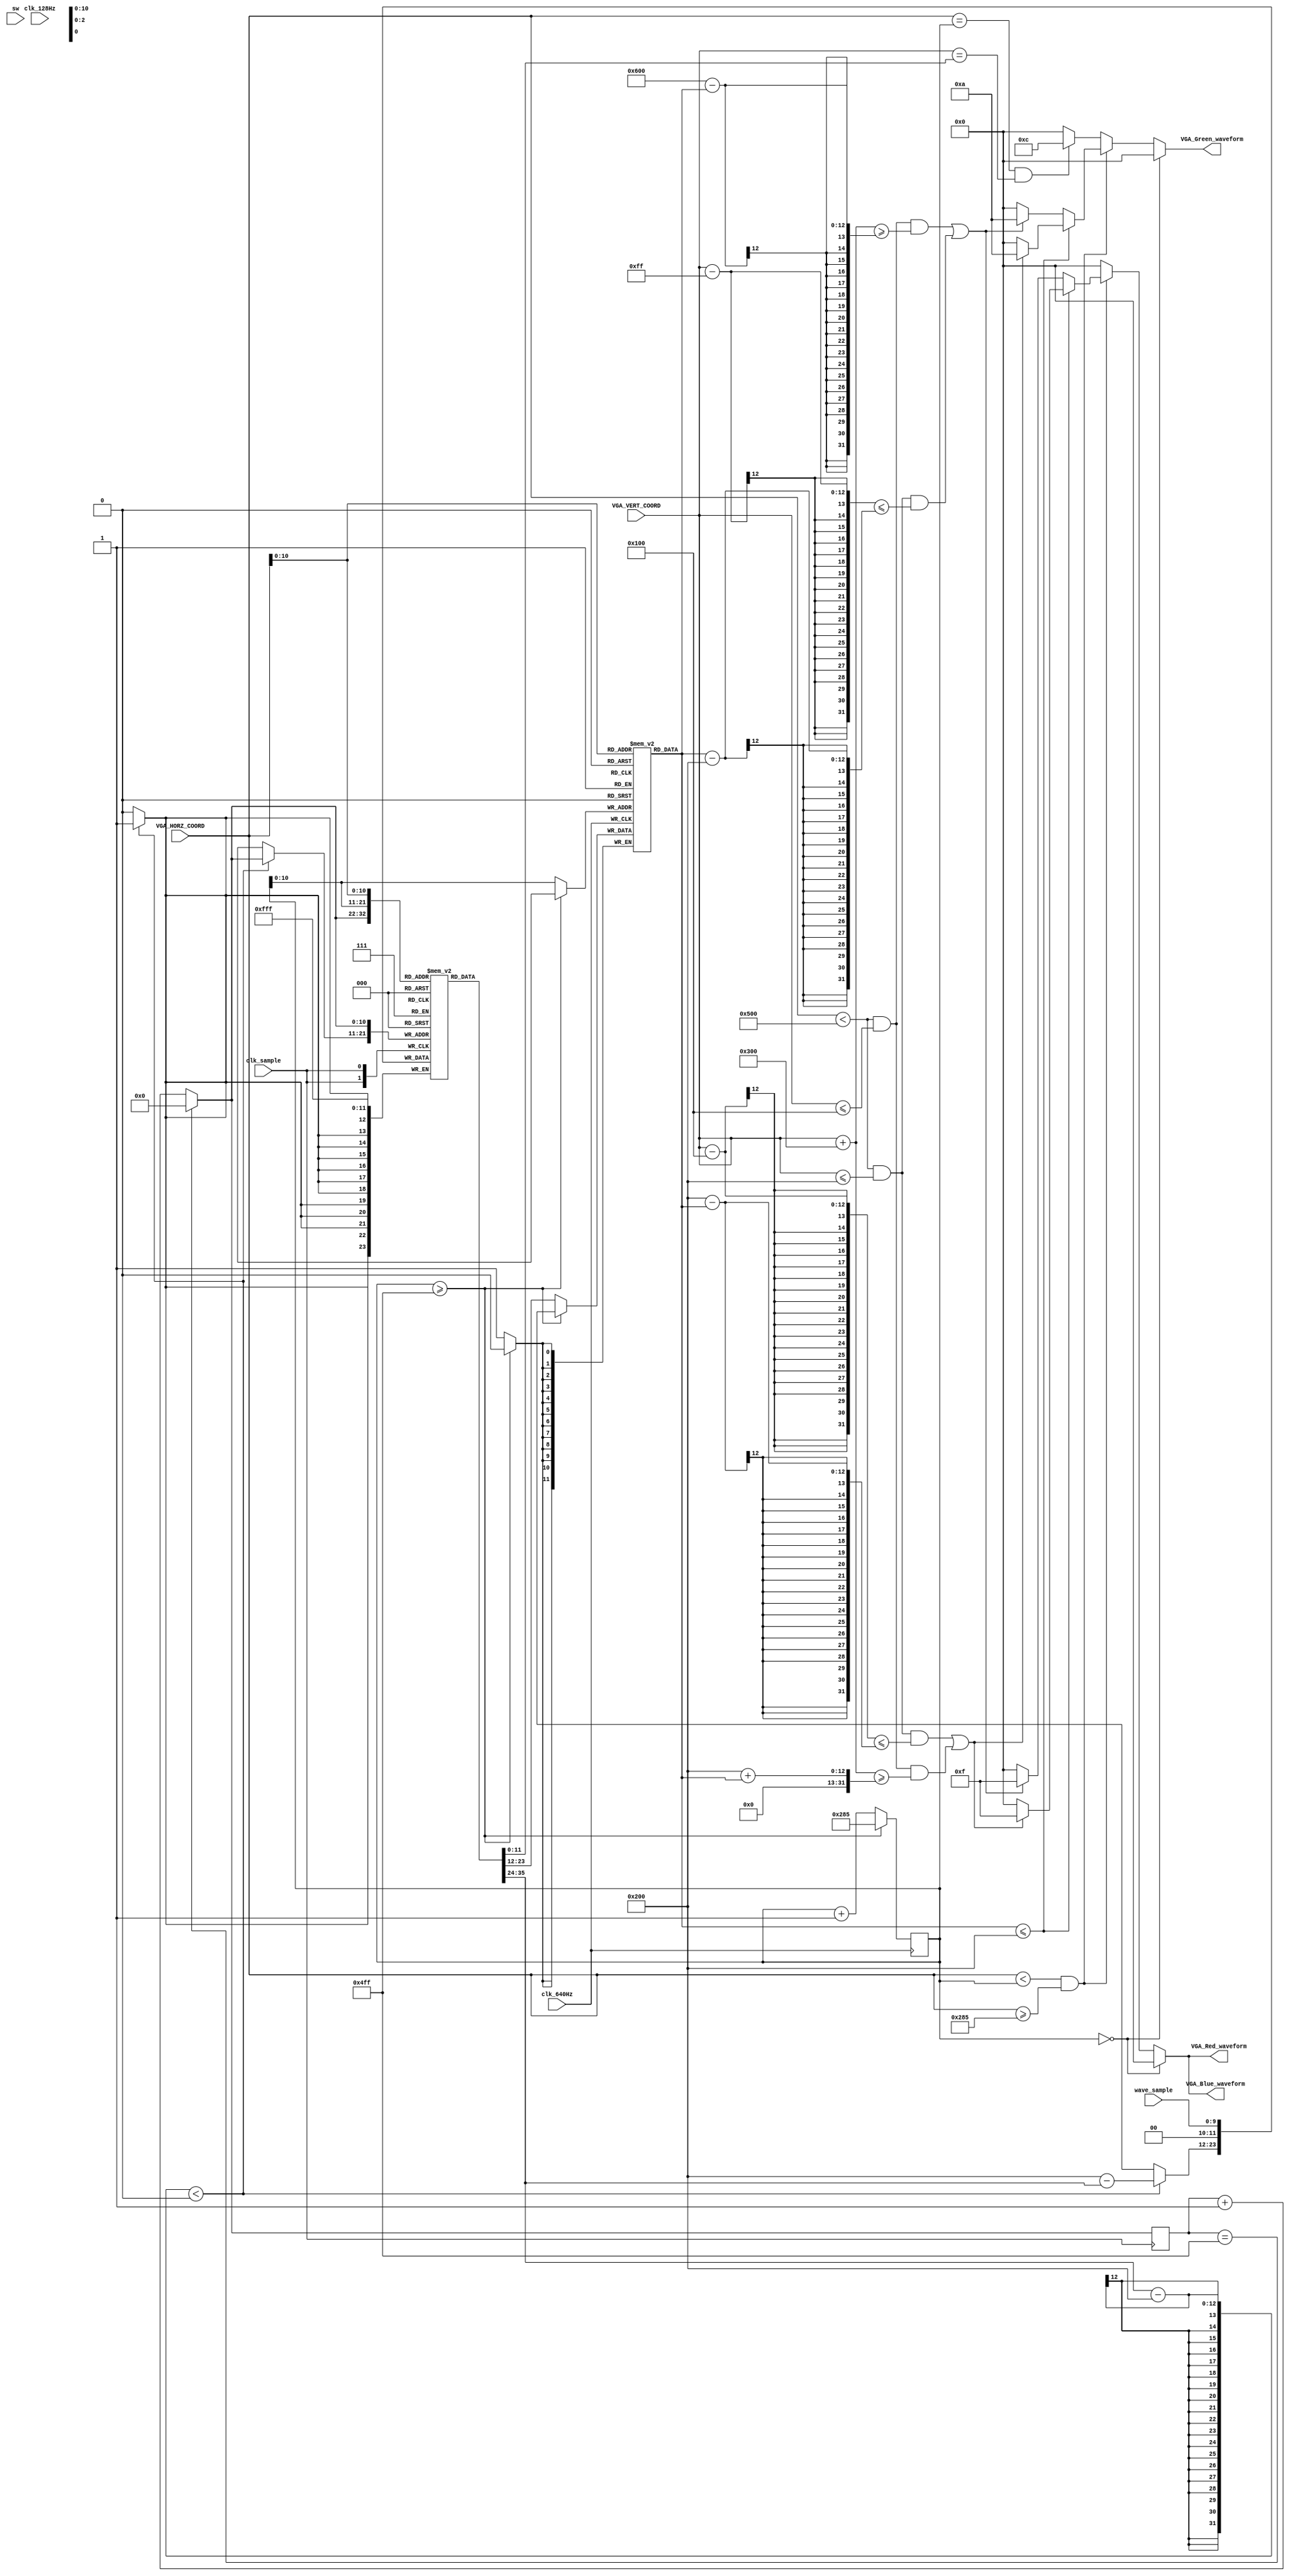
`timescale 1ns / 1ps
//////////////////////////////////////////////////////////////////////////////////
// Company: 
// Engineer: 
// 
// Design Name: 
// Module Name: Draw_Waveform_4
// Project Name: 
// Target Devices: 
// Tool Versions: 
// Description: 
// 
// Dependencies: 
// 
// Revision:
// Revision 0.01 - File Created
// Additional Comments:
// 
//////////////////////////////////////////////////////////////////////////////////


module Draw_Waveform_4(
input clk_sample,
input clk_640Hz,clk_128Hz,
input sw,
    input [11:2] wave_sample,////5
    input [11:0] VGA_HORZ_COORD,//
    input [11:0] VGA_VERT_COORD,//
    output [3:0] VGA_Red_waveform,
    output [3:0] VGA_Green_waveform,
    output [3:0] VGA_Blue_waveform
    );
    reg [11:0] Sample_Memory[1279:0];
    reg [10:0] i;
    wire [3:0] VGA_Red_0;
    wire [3:0] VGA_Green_0;
    wire [3:0] VGA_Blue_0;
    reg [11:0] SM [1279:0];
    
    //Each wave_sample is displayed on the screen from left to right. 
    always @ (posedge clk_sample) begin
        i = (i==1279) ? 0 : i + 1;
        Sample_Memory[i] <= wave_sample;   
        SM[i] <= wave_sample;
        if(SM[i] - 512 <0) begin
            SM[i] <= 512 - SM[i];
            
        end          
    end    
    
    reg [31:0] counter = 645;
    reg [31:0] counter2 = 32'b0;
    wire [3:0] VGA_Red_1 ;
    wire [3:0] VGA_Green_1 ;
    wire [3:0] VGA_Blue_1 ;
    reg [11:0] store [1279:0] ;
    always @ ( posedge clk_640Hz)
            begin
                if(counter >= 1279) begin counter <= 645; end
                else begin
                    counter <= counter + 1;// 
                    store [counter] <= SM[counter];
                end
            end
   //assign VGA_Red_waveform = (counter==0)? 4'h0:(((VGA_HORZ_COORD<counter) &&(VGA_HORZ_COORD>=645) &&(VGA_VERT_COORD >= 256+store[VGA_HORZ_COORD] ))? 4'h0:(((VGA_HORZ_COORD==counter) && (VGA_VERT_COORD  >= 256+SM[(VGA_HORZ_COORD)])) ? 4'h0 : 4'h0));
  // assign VGA_Green_waveform = (counter==0)? 4'h0:(((VGA_HORZ_COORD<counter) && (VGA_HORZ_COORD>=645) &&(VGA_VERT_COORD >= 256+store[VGA_HORZ_COORD] ))? 4'hC:(((VGA_HORZ_COORD==counter) && (VGA_VERT_COORD >= 256+SM[(VGA_HORZ_COORD)])) ? 4'hC : 4'h0));
   //assign VGA_Blue_waveform = (counter==0)? 4'h0:(((VGA_HORZ_COORD<counter) && (VGA_HORZ_COORD>=645) &&(VGA_VERT_COORD >= 256+store[VGA_HORZ_COORD] ))? 4'h0:(((VGA_HORZ_COORD==counter) && (VGA_VERT_COORD  >= 256+SM[(VGA_HORZ_COORD)])) ? 4'h0 : 4'h0));
   
    assign VGA_Red_waveform = (counter==0)? 4'h0:(((VGA_HORZ_COORD<counter)&&(VGA_HORZ_COORD>=645))? ((store[VGA_HORZ_COORD]<=512)?((((VGA_HORZ_COORD < 1280) && (VGA_VERT_COORD<=512)&& (VGA_VERT_COORD - 256 <= (512-(store[VGA_HORZ_COORD]))))||((VGA_HORZ_COORD < 1280) && (VGA_VERT_COORD<=256)&& (VGA_VERT_COORD + 768 >= (512+(store[VGA_HORZ_COORD]))))) ? 4'hf : 0):
                        ((((VGA_HORZ_COORD < 1280) && (VGA_VERT_COORD<=256)&&(VGA_VERT_COORD + 768  >= (1536-(store[VGA_HORZ_COORD]))))||((VGA_HORZ_COORD < 1280) && (VGA_VERT_COORD<=512)&&((VGA_VERT_COORD -255)  <= ((store[VGA_HORZ_COORD])-512)))) ? 4'hf : 0)):(((VGA_HORZ_COORD==counter) && (VGA_VERT_COORD  == SM[(VGA_HORZ_COORD)])) ? 4'h0 : 4'h0));
    
    assign VGA_Green_waveform = (counter==0)? 4'h0:(((VGA_HORZ_COORD<counter)&&(VGA_HORZ_COORD>=645))? ((store[VGA_HORZ_COORD]<=512)?((((VGA_HORZ_COORD < 1280) && (VGA_VERT_COORD<=512)&& (VGA_VERT_COORD - 256 <= (512-(store[VGA_HORZ_COORD]))))||((VGA_HORZ_COORD < 1280) && (VGA_VERT_COORD<=256)&& (VGA_VERT_COORD + 768 >= (512+(store[VGA_HORZ_COORD]))))) ? 4'ha : 0):
                        ((((VGA_HORZ_COORD < 1280) && (VGA_VERT_COORD<=256)&&(VGA_VERT_COORD + 768  >= (1536-(store[VGA_HORZ_COORD]))))||((VGA_HORZ_COORD < 1280) && (VGA_VERT_COORD<=512)&&((VGA_VERT_COORD -255)  <= ((store[VGA_HORZ_COORD])-512)))) ? 4'ha : 0)):(((VGA_HORZ_COORD==counter) && (VGA_VERT_COORD == SM[(VGA_HORZ_COORD)])) ? 4'hC : 4'h0));
    
    assign VGA_Blue_waveform = (counter==0)? 4'h0:(((VGA_HORZ_COORD<counter)&&(VGA_HORZ_COORD>=645))? ((store[VGA_HORZ_COORD]<=512)?((((VGA_HORZ_COORD < 1280) && (VGA_VERT_COORD<=512)&& (VGA_VERT_COORD - 256 <= (512-(store[VGA_HORZ_COORD]))))||((VGA_HORZ_COORD < 1280) && (VGA_VERT_COORD<=256)&& (VGA_VERT_COORD + 768 >= (512+(store[VGA_HORZ_COORD]))))) ? 4'hf : 0):
                        ((((VGA_HORZ_COORD < 1280) && (VGA_VERT_COORD<=256)&&(VGA_VERT_COORD + 768  >= (1536-(store[VGA_HORZ_COORD]))))||((VGA_HORZ_COORD < 1280) && (VGA_VERT_COORD<=512)&&((VGA_VERT_COORD -255)  <= ((store[VGA_HORZ_COORD])-512)))) ? 4'hf : 0)):(((VGA_HORZ_COORD==counter) && (VGA_VERT_COORD  == SM[(VGA_HORZ_COORD)])) ? 4'h0 : 4'h0));

//   assign VGA_Red_waveform = (counter==0)? 4'h0:(((VGA_HORZ_COORD<counter)&&(VGA_HORZ_COORD>=645))? ((store[VGA_HORZ_COORD]<=512)?((((VGA_HORZ_COORD < 1280) && (VGA_VERT_COORD<=256)&&(VGA_VERT_COORD + 768 >= (512+(store[VGA_HORZ_COORD]))))||((VGA_HORZ_COORD < 1280) && (VGA_VERT_COORD<=512)&& (VGA_VERT_COORD<=256)&& (VGA_VERT_COORD -256<= (512-(store[VGA_HORZ_COORD]))))) ? 4'hf : 0):
//                      ((((VGA_HORZ_COORD < 1280) &&(VGA_VERT_COORD<=256)&&(VGA_VERT_COORD +768  >= (1536-store[VGA_HORZ_COORD])))||((VGA_HORZ_COORD < 1280) && (VGA_VERT_COORD<=256)&&(VGA_VERT_COORD -512 <= ((store[VGA_HORZ_COORD])-512)))) ? 4'hf : 0)):(((VGA_HORZ_COORD==counter) && (VGA_VERT_COORD  == SM[(VGA_HORZ_COORD)])) ? 4'h0 : 4'h0));
//   assign VGA_Green_waveform = (counter==0)? 4'h0:(((VGA_HORZ_COORD<counter)&&(VGA_HORZ_COORD>=645))? ((store[VGA_HORZ_COORD]<=512)?((((VGA_HORZ_COORD < 1280) &&(VGA_VERT_COORD<=256)&& (VGA_VERT_COORD + 768 >= (512+(store[VGA_HORZ_COORD]))))||((VGA_HORZ_COORD < 1280) && (VGA_VERT_COORD<=512)&& (VGA_VERT_COORD<=256)&& (VGA_VERT_COORD -256<= (512-(store[VGA_HORZ_COORD]))))) ? 4'ha : 0):
//                      ((((VGA_HORZ_COORD < 1280) &&(VGA_VERT_COORD<=256)&&(VGA_VERT_COORD +768  >= (1536-store[VGA_HORZ_COORD])))||((VGA_HORZ_COORD < 1280) && (VGA_VERT_COORD<=256)&&(VGA_VERT_COORD -512 <= ((store[VGA_HORZ_COORD])-512)))) ? 4'ha : 0)):(((VGA_HORZ_COORD==counter) && (VGA_VERT_COORD == SM[(VGA_HORZ_COORD)])) ? 4'hC : 4'h0));
//   assign VGA_Blue_waveform = (counter==0)? 4'h0:(((VGA_HORZ_COORD<counter)&&(VGA_HORZ_COORD>=645))? ((store[VGA_HORZ_COORD]<=512)?((((VGA_HORZ_COORD < 1280) &&(VGA_VERT_COORD<=256)&& (VGA_VERT_COORD + 768 >= (512+(store[VGA_HORZ_COORD]))))||((VGA_HORZ_COORD < 1280) && (VGA_VERT_COORD<=512)&& (VGA_VERT_COORD<=256)&& (VGA_VERT_COORD -256<= (512-(store[VGA_HORZ_COORD]))))) ? 4'hf : 0):
//                      ((((VGA_HORZ_COORD < 1280) &&(VGA_VERT_COORD<=256)&&(VGA_VERT_COORD +768  >= (1536-store[VGA_HORZ_COORD])))||((VGA_HORZ_COORD < 1280) && (VGA_VERT_COORD<=256)&&(VGA_VERT_COORD -512 <= ((store[VGA_HORZ_COORD])-512)))) ? 4'hf : 0)):(((VGA_HORZ_COORD==counter) && (VGA_VERT_COORD  == SM[(VGA_HORZ_COORD)])) ? 4'h0 : 4'h0));

endmodule